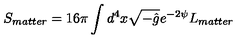
S _ { m a t t e r } = 1 6 \pi \int d ^ { 4 } x \sqrt { - \hat { g } } e ^ { - 2 \psi } L _ { m a t t e r }